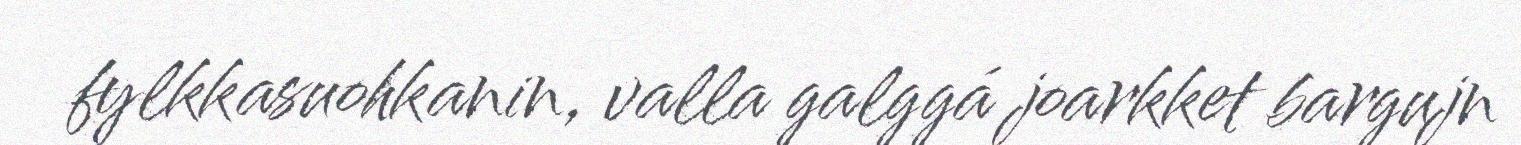
fylkkasuohkanin, valla galggá joarkket bargujn